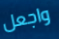
واجعل